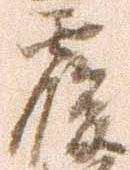
覆